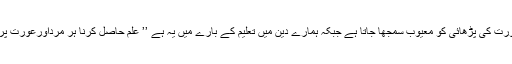
یوں تعلیمی میدان میں بھی آگے ہے مگر اس جدید دور میں بھی کچھ گاؤں اور دیہات کے لوگوں میں عورت کی پڑھائی کو معیوب سمجھا جاتا ہے جبکہ ہمارے دین میں تعلیم کے بارے میں یہ ہے ’’ علم حاصل کرنا ہر مرداورعورت پر فرض ہے‘‘ جب اسلام نے عورت کو حق تعلیم دیا ہے تو ہمارا معاشرہ کیوں اس کی مخالفت کرتا ہے ۔